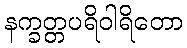
နက္ခတ္တပရိဝါရိတော